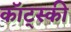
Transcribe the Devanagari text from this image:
कॉट्स्की